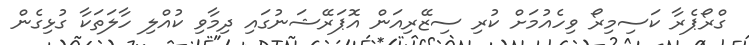
ގްރޯޕެރާ ކަސިމިރޯ ވިހެއުމަށް ކުރި ސިޒޭރިއަން އޮޕަރޭޝަނުގައި ދިމާވި ކުއްލި ހާލަތަކާ ގުޅިގެން